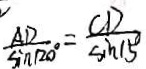
\frac { A D } { \sin 1 2 0 ^ { \circ } } = \frac { C D } { \sin 1 5 }